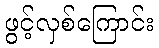
ဖွင့်လှစ်ကြောင်း